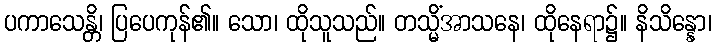
ပကာသေန္တိ၊ ပြပေကုန်၏။ သော၊ ထိုသူသည်။ တသ္မိံအာသနေ၊ ထိုနေရာ၌။ နိသိန္နော၊